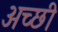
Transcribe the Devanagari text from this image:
अच्छी